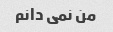
من نمی دانم